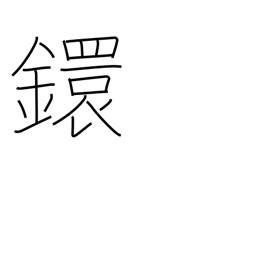
Meaning: link